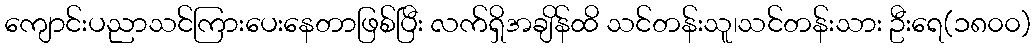
ကျောင်းပညာသင်ကြားပေးနေတာဖြစ်ပြီး လက်ရှိအချိန်ထိ သင်တန်းသူ၊သင်တန်းသား ဦးရေ(၁၈၀၀)